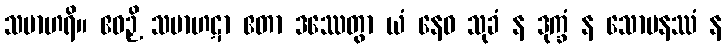
သမာဟရိ။ ဧဝဉှိ သမာဟဋာ ဧတာ ဒဿေတွာ ယံ နေဝ သုခံ န ဒုက္ခံ န သောမနဿံ န